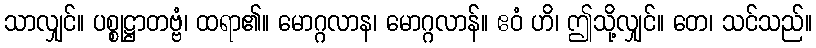
သာလျှင်။ ပစ္စုဋ္ဌာတဗ္ဗံ၊ ထရာ၏။ မောဂ္ဂလာန၊ မောဂ္ဂလာန်။ ဧဝံ ဟိ၊ ဤသို့လျှင်။ တေ၊ သင်သည်။